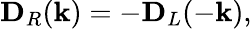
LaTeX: \mathbf{D}_{R}(\mathbf{k})=-\mathbf{D}_{L}(-\mathbf{k}),